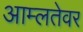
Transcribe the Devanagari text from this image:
आम्लतेवर